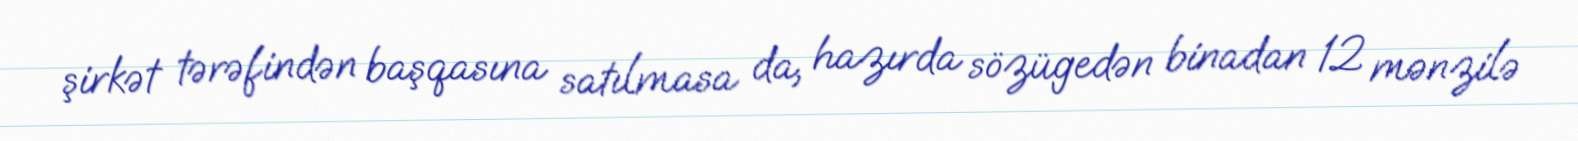
şirkət tərəfindən başqasına satılmasa da, hazırda sözügedən binadan 12 mənzilə